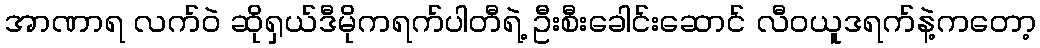
အာဏာရ လက်ဝဲ ဆိုရှယ်ဒီမိုကရက်ပါတီရဲ့ ဦးစီးခေါင်းဆောင် လီဝယူဒရက်နဲ့ကတော့